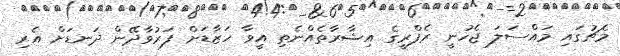
މެޗުގައި މައްސަލަ ޖެހުނީ ރެފްރީގެ އިޝާރާތެއްނެތި އީވާ ހަޒާޑަށް ފަރުވާދޭން ދަނޑަށް އެރި